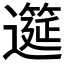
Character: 𫑎